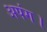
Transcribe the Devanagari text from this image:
अपंग।